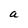
Character: a